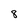
Character: 8